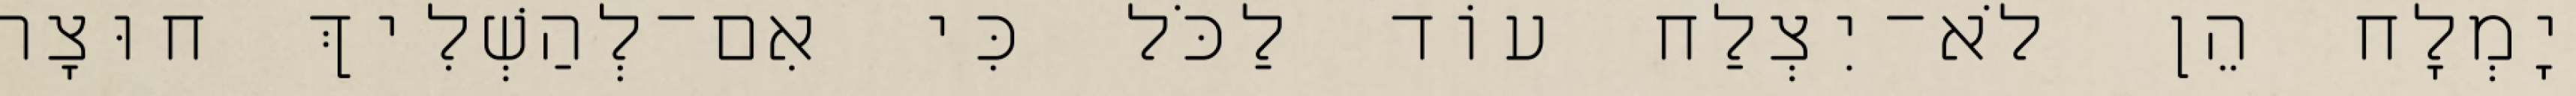
יָמְלָח הֵן לֹא־יִצְלַח עוֹד לַכֹּל כִּי אִם־לְהַשְׁלִיךְ חוּצָה